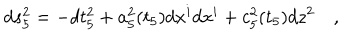
LaTeX: d s _ { 5 } ^ { 2 } = - d t _ { 5 } ^ { 2 } + a _ { 5 } ^ { 2 } ( t _ { 5 } ) d x ^ { i } d x ^ { i } + c _ { 5 } ^ { 2 } ( t _ { 5 } ) d z ^ { 2 } \quad ,